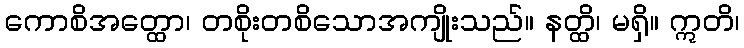
ကောစိအတ္ထော၊ တစိုးတစိသောအကျိုးသည်။ နတ္ထိ၊ မရှိ။ ဣတိ၊